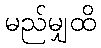
မည်မျှထိ